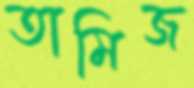
তামিজ